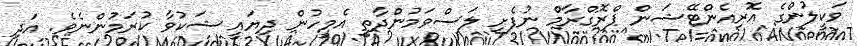
ވަކީލުންގެ އޮރިއެންޓޭޝަން ޕްރޮގްރާމް ނުފެށި ލަސްވަމުންދާތީ އެމީހުން ދިޔައީ ޝަކުވާ ކުރަމުންނެވެ. އަދި